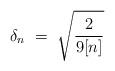
LaTeX: \begin{align*}\delta_n~=~ \sqrt{\frac{2}{9[n]}}\\\end{align*}